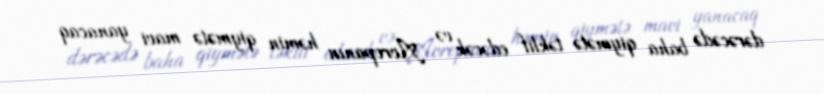
dərəcədə baha qiymətə təklif edəcək və Avropanın həmin qiymətə mavi yanacaq